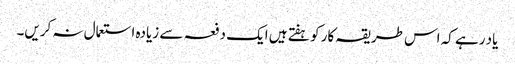
یاد رہے کہ اس طریقہ کار کو ہفتے ہیں ایک دفعہ سے زیادہ استعمال نہ کریں۔